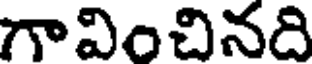
గావించినది